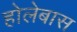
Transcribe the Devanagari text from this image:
होलेबास